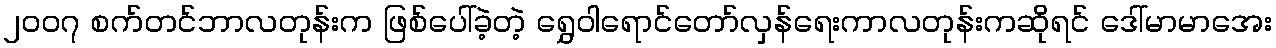
၂၀၀၇ စက်တင်ဘာလတုန်းက ဖြစ်ပေါ်ခဲ့တဲ့ ရွှေဝါရောင်တော်လှန်ရေးကာလတုန်းကဆိုရင် ဒေါ်မာမာအေး